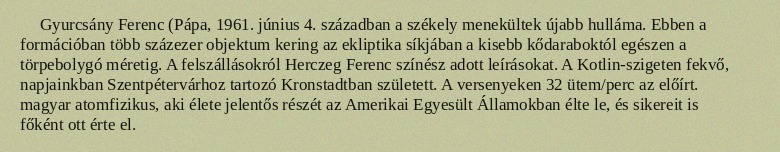
Gyurcsány Ferenc (Pápa, 1961. június 4. században a székely menekültek újabb hulláma. Ebben a formációban több százezer objektum kering az ekliptika síkjában a kisebb kődaraboktól egészen a törpebolygó méretig. A felszállásokról Herczeg Ferenc színész adott leírásokat. A Kotlin-szigeten fekvő, napjainkban Szentpétervárhoz tartozó Kronstadtban született. A versenyeken 32 ütem/perc az előírt. magyar atomfizikus, aki élete jelentős részét az Amerikai Egyesült Államokban élte le, és sikereit is főként ott érte el.